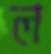
ল